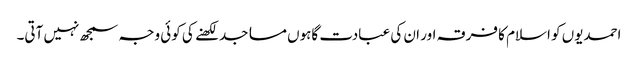
احمدیوں کو اسلام کا فرقہ اور ان کی عبادت گاہوں مساجد لکھنے کی کوئی وجہ سمجھ نہیں آتی۔